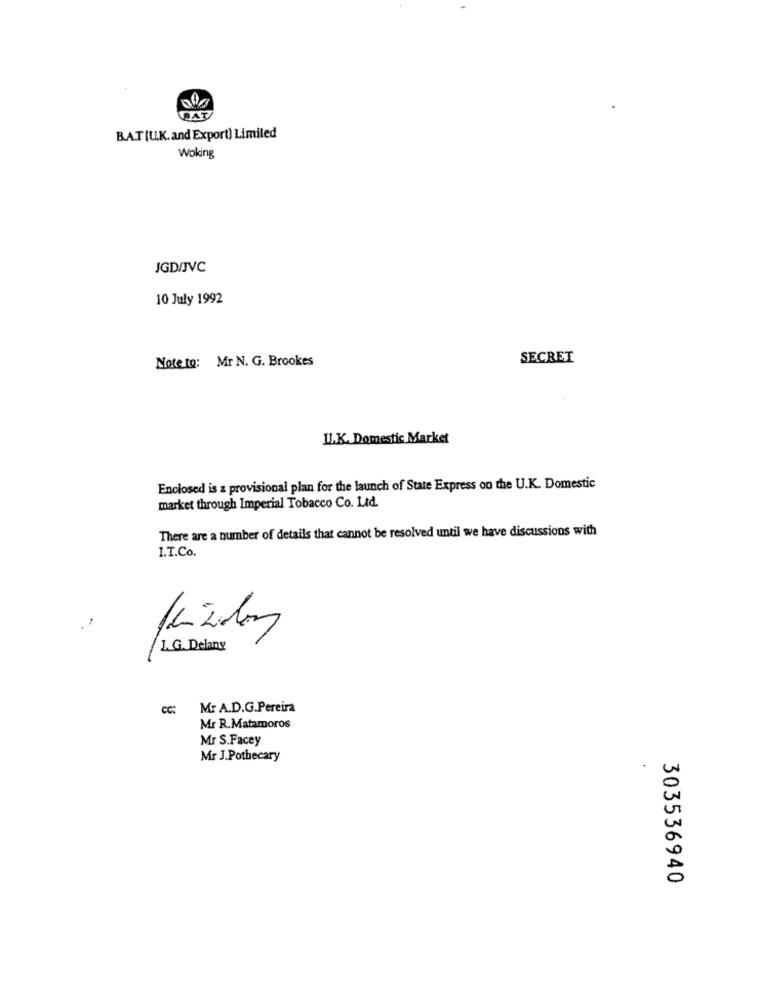
B.A.T [U.K. and Export) Limited
Woking
JGD/JVC
10 July 1992
Note to: Mr N. G. Brookes
SECRET
IL.K. Domestic Market
Enclosed is a provisional plan for the launch of State Express on the U.K. Domestic
market through Imperial Tobacco Co. Ltd.
There are a number of details that cannot be resolved until we have discussions with
I.T.Co.
L. G. Delany
CC:
Mr A.D.G.Pereira
Mr R.Matamoros
Mr S.Facey
Mr J.Pothecary
303536940